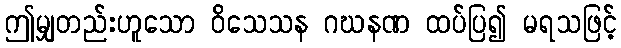
ဤမျှတည်းဟူသော ဝိသေသန ဂဃနဏ ထပ်ပြ၍ မရသဖြင့်